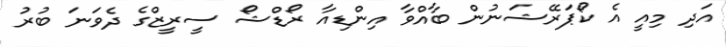
އަދި މިއީ އެ ކޯޕަރޭޝަނުން ބާއްވާ އިންޑިއާ ރޯޑްޝޯ ސީރީޒްގެ ދެވަނަ ބުރު